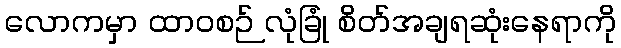
လောကမှာ ထာဝစဉ် လုံခြုံ စိတ်အချရဆုံးနေရာကို